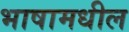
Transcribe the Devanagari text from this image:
भाषामधील